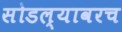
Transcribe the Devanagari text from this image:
सोडल्यावरच